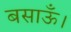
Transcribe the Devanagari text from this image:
बसाऊँ।